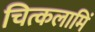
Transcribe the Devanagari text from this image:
चित्कलामिं